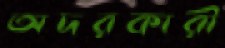
অদরকারী